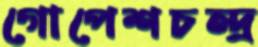
গোপেশচন্দ্র